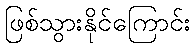
ဖြစ်သွားနိုင်ကြောင်း